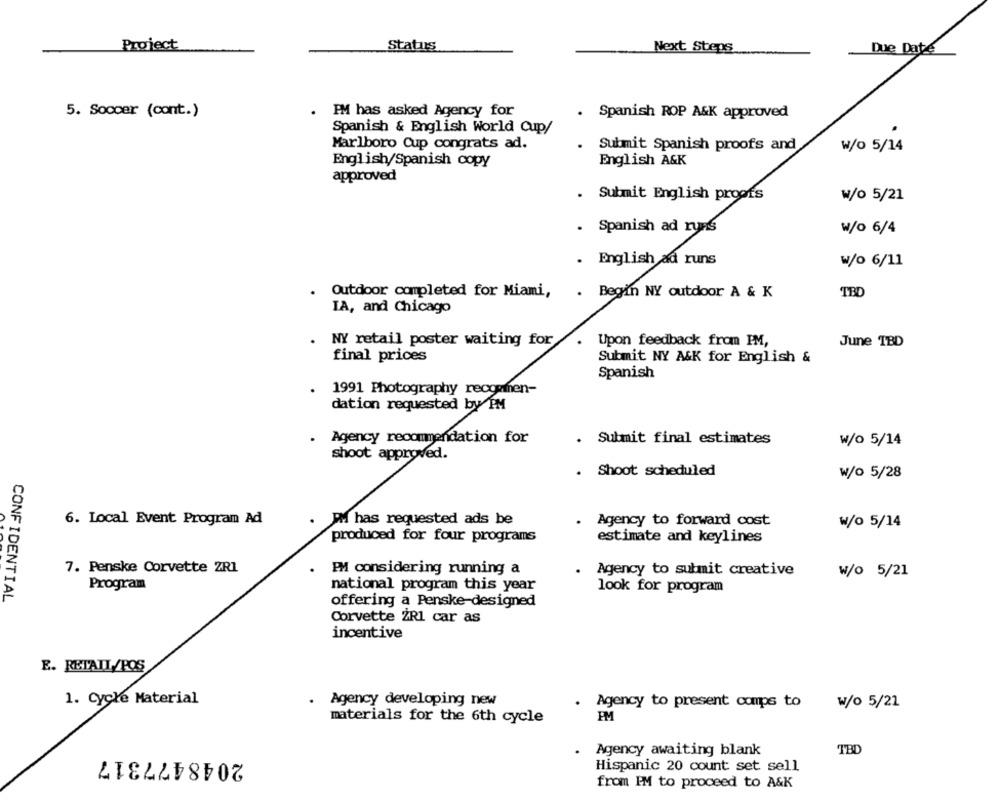
Project
Status
Next Steps
Due Date
5. Soccer (cont.)
. PM has asked Agency for
. Spanish ROP A&K approved
Spanish & English World Cup/
Marlboro Cup congrats ad.
. Submit Spanish proofs and
w/o 5/14
English A&K
English/Spanish copy
approved
. Submit English proofs
w/o 5/21
. Spanish ad runs
w/o 6/4
. English ad runs
w/o 6/11
.
Outdoor completed for Miami,
.
Begin NY outdoor A & K
TBD
IA, and Chicago
. NY retail poster waiting for
Upon feedback from IM,
June TBD
final prices
Submit NY A&K for English &
Spanish
1991 Photography reogeinen-
dation requested by PM
Agency recommendation for
Submit final estimates
w/o 5/14
shoot approved.
. Shoot scheduled
W/o 5/28
6. Local Event Program Ad
PM has requested ads be
Agency to forward cost
W/o 5/14
produced for four programs
estimate and keylines
7. Penske Corvette ZR1
PM considering running a
Agency to submit creative
W/o 5/21
Program
national program this year
look for program
CONFIDENTIAL
offering a Penske-designed
Corvette ZR1 car as
incentive
E. RETAIL/POS
1. Cycle Material
. Agency developing new
. Agency to present comps to
W/o 5/21
materials for the 6th cycle
2048477317
Agency awaiting blank
TBL
Hispanic 20 count set sell
from IM to proceed to A&K